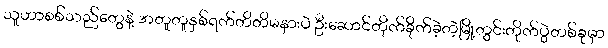
သူဟာစစ်သည်တွေနဲ့ အတူတူနှစ်ရက်တိတိမနားပဲ ဦးဆောင်တိုက်ခိုက်ခဲ့တဲ့မြို့တွင်းတိုက်ပွဲတစ်ခုမှာ